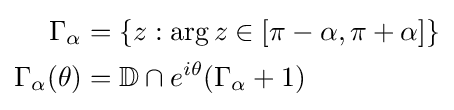
{\begin{aligned}\Gamma _{\alpha }&=\{z:\arg z\in [\pi -\alpha ,\pi +\alpha ]\}\\\Gamma _{\alpha }(\theta )&=\mathbb {D} \cap e^{i\theta }(\Gamma _{\alpha }+1)\end{aligned}}